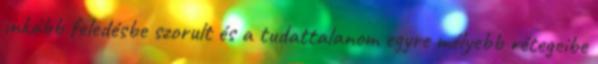
inkább feledésbe szorult és a tudattalanom egyre mélyebb rétegeibe